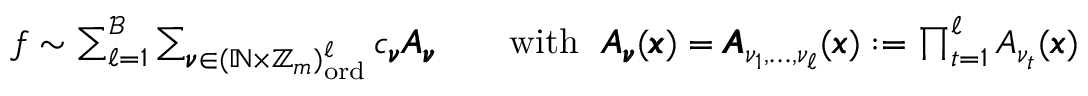
\begin{array} { r } { f \sim \sum _ { \ell = 1 } ^ { \mathcal { B } } \sum _ { \pmb { \nu } \in ( \mathbb { N } \times \mathbb { Z } _ { m } ) _ { \mathrm { o r d } } ^ { \ell } } c _ { \pmb { \nu } } \pmb { A } _ { \pmb { \nu } } \qquad \mathrm { w i t h } ~ ~ \pmb { A } _ { \pmb { \nu } } ( \pmb { x } ) = \pmb { A } _ { \nu _ { 1 } , \dots , \nu _ { \ell } } ( \pmb { x } ) : = \prod _ { t = 1 } ^ { \ell } A _ { \nu _ { t } } ( \pmb { x } ) } \end{array}